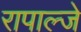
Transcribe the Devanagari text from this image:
रापाल्जे